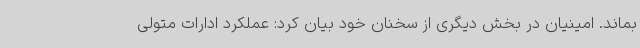
بماند. امینیان در بخش دیگری از سخنان خود بیان کرد: عملکرد ادارات متولی